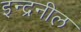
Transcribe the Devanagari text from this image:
इन्द्रनील